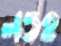
লওহ